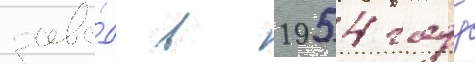
заво́д в 1954 году